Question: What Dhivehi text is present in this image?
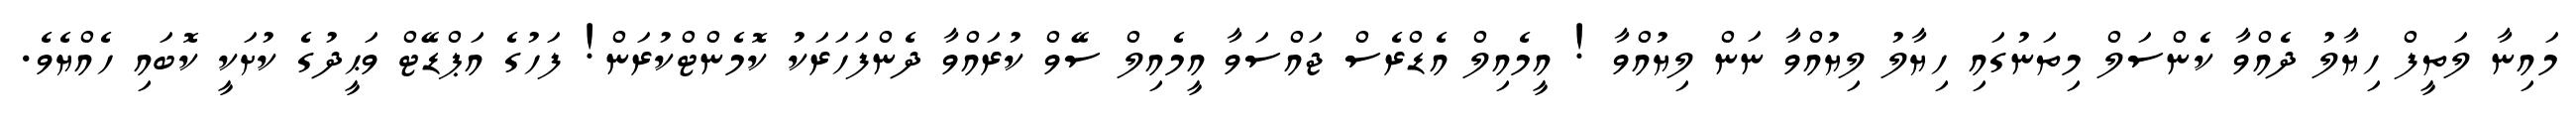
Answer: މައިނާ ލަތީފް ހިޔާލު ދެއްވާ ކެންސަލް މިތަނުގައި ހިޔާލު ލިޔުއްވާ ނަން ލިޔުއްވާ ! އީމެއިލް އެޑްރެސް ޖައްސަވާ އީމެއިލް ސޭވް ކުރައްވާ ދެންފަހަރަކު ކޮމެންޓްކުރަން! ފަހުގެ އަޕްޑޭޓް ވަޙީދުގެ ކުށަކީ ކޮބައި ހެއްޔެވެ.